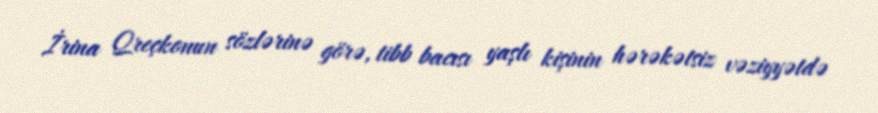
İrina Qreçkonun sözlərinə görə, tibb bacısı yaşlı kişinin hərəkətsiz vəziyyətdə